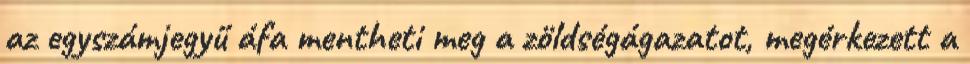
az egyszámjegyű áfa mentheti meg a zöldségágazatot, megérkezett a